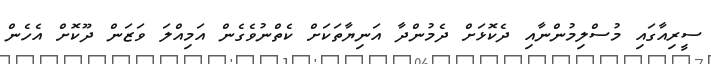
ސީރިއާގައި މުސްލިމުންނާއި ދެކޮޅަށް ދެމުންދާ އަނިޔާތަކަށް ކެތްނުވެގެން އަމިއްލަ ވަޒަން ދޫކޮށް އެހެން